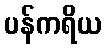
ပန်ကရိယ